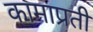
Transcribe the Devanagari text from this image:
कामाप्रती